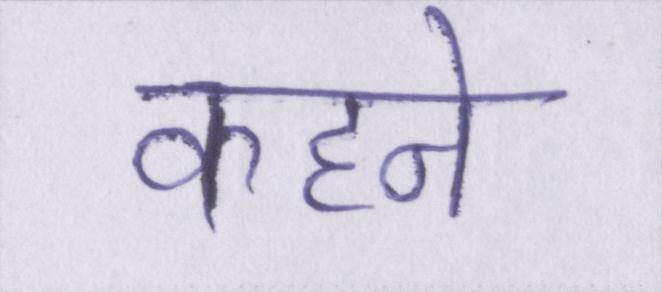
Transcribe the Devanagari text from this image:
कहने